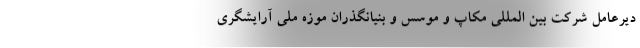
دیرعامل شرکت بین المللی مکاپ و موسس و بنیانگذران موزه ملی آرایشگری